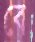
বে